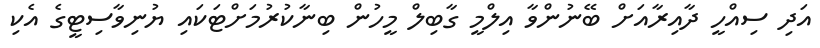
އަދި ސިއްހީ ދާއިރާއަށް ބޭނުންވާ އިލްމީ ގާބިލް މީހުން ބިނާކުރުމަށްޓަކައި ޔުނިވާސިޓީގެ އެކި